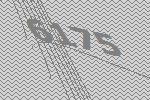
6175